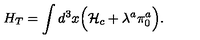
H _ { T } = \int d ^ { 3 } x \Bigl ( { \cal H } _ { c } + \lambda ^ { a } \pi _ { 0 } ^ { a } \Bigr ) .